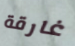
غارقة